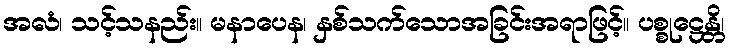
အလံ၊ သင့်သနည်း။ မနာပေန၊ နှစ်သက်သောအခြင်းအရာဖြင့်။ ပစ္စုဋ္ဌေန္တိ၊